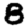
Digit: 8